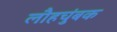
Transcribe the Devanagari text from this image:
लौहचुंबक